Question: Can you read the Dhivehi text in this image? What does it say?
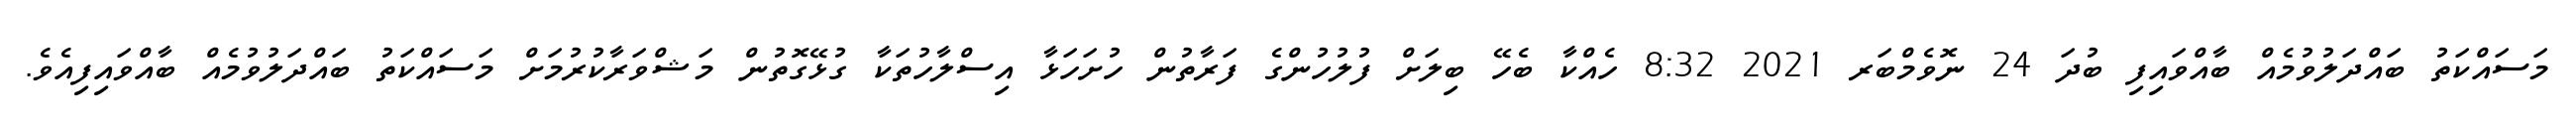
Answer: މަސައްކަތު ބައްދަލުވުމެއް ބާއްވައިފި ބުދަ 24 ނޮވެމްބަރ 2021 8:32 ހެއްކާ ބެހޭ ބިލަށް ފުލުހުންގެ ފަރާތުން ހުށަހަޅާ އިސްލާހުތަކާ ގުޅޭގޮތުން މަޝްވަރާކުރުމަށް މަސައްކަތު ބައްދަލުވުމެއް ބާއްވައިފިއެވެ.